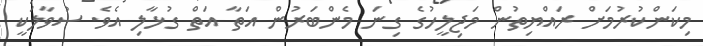
މިކަންކުރުމަށް ރައްޔިތުން މަޖިލީހުގެ ގިނަ މެންބަރުން އަތާ އަތް ގުޅާލި އެވެ. ސުވާލަކީ